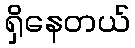
ရှိနေတယ်